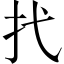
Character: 𢩮